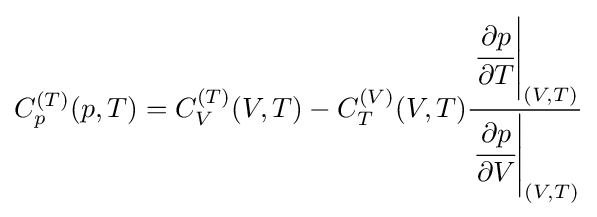
C_{p}^{(T)}(p,T)=C_{V}^{(T)}(V,T)-C_{T}^{(V)}(V,T){\frac {\left.{\cfrac {\partial p}{\partial T}}\right|_{(V,T)}}{\left.{\cfrac {\partial p}{\partial V}}\right|_{(V,T)}}}